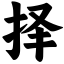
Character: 择